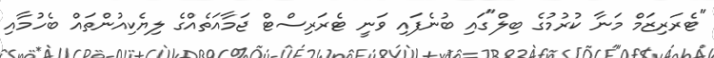
"ޓެރަރިޒަމް މަނާ ކުރުމުގެ ބިލް"ގައި ބުނެފައި ވަނީ ޓެރަރިސްޓް ޖަމާއަތެއްގެ ލިޔެކިއުންތައް ބެހުމާއި